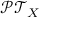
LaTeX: { \mathcal { P T } } _ { X }